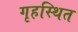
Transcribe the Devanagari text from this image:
गृहस्थित